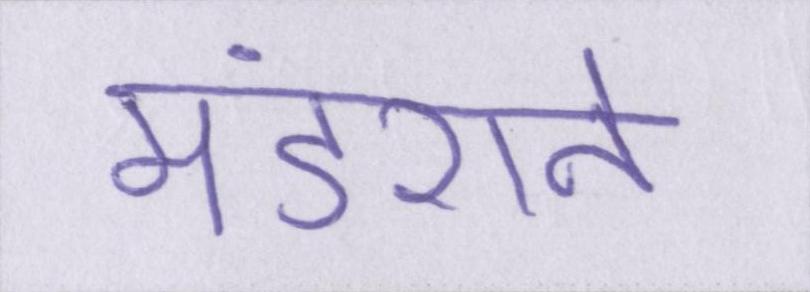
मंडराने